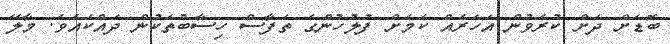
ބޮޑަށް ދަށް ކުރެވުން އަހަރެއް ކަމަށް ފުލުހުންގެ ތަފާސް ހިސާބުތަކުން ދައްކައެވެ. މާލޭ